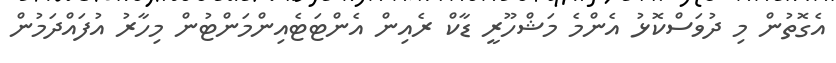
އެގޮތުން މި ދުވަސްކޮޅު އެންމެ މަޝްހޫރީ ޑާކް ރެއިން އެންޓަޓެއިންމަންޓުން މިހާރު އުފައްދަމުން